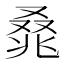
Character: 𰇃